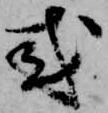
或